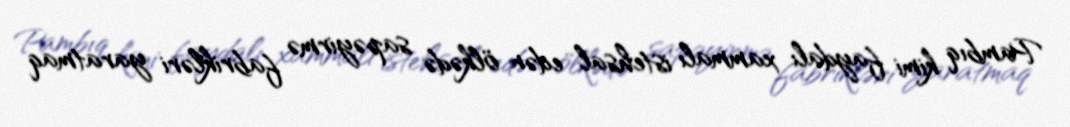
Pambıq kimi faydalı xammalı istehsal edən ölkədə sapəyirmə fabrikləri yaratmaq